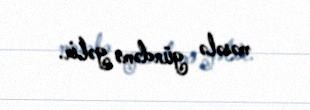
məsələ gündəmə gəlir.